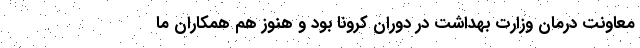
معاونت درمان وزارت بهداشت در دوران کرونا بود و هنوز هم همکاران ما